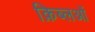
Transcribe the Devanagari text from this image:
क़िब्लओं